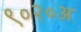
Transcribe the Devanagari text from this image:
९०२०अ